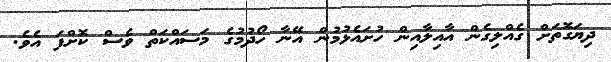
ދިޔަގޮތަށް ގެއްލިގެން އާއިލާއިން ހުށައެޅުމުން އޭނާ ހޯދުމުގެ މަސައްކަތް ވެސް ކޮށްފަ އެވެ.